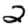
Digit: 2